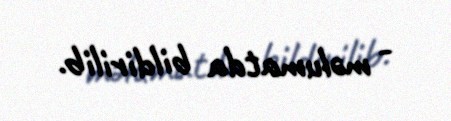
- məlumatda bildirilib.